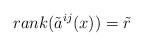
LaTeX: \begin{align*}rank(\tilde{a}^{ij}(x))=\tilde{r} \end{align*}